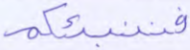
فننبئكم